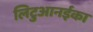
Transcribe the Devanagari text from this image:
लिटुआनईका